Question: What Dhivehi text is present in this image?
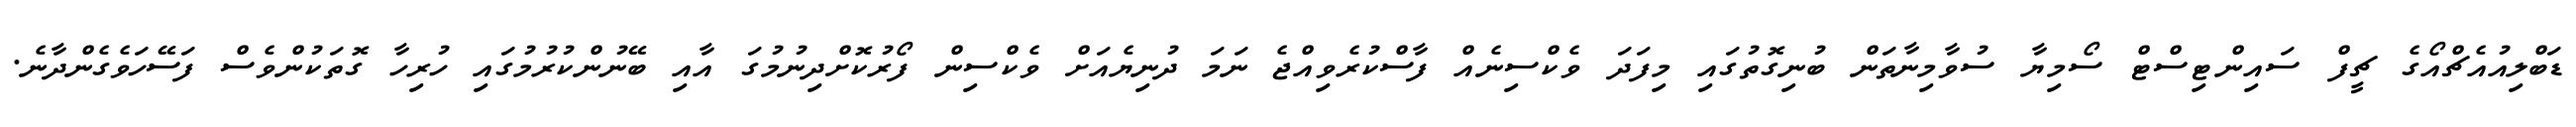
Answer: ޑަބްލިއުއެޗްއޯގެ ޗީފް ސައިންޓިސްޓް ސޯމިޔާ ސުވާމިނާތަން ބުނިގޮތުގައި މިފަދަ ވެކްސިނެއް ފާސްކުރެވިއްޖެ ނަމަ ދުނިޔެއަށް ވެކްސިން ފޯރުކޮށްދިނުމުގަ އާއި ބޭނުންކުރުމުގައި ހުރިހާ ގޮތަކުންވެސް ފަސޭހަވެގެންދާނެ.